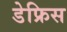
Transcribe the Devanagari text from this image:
डेफ्रिस